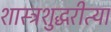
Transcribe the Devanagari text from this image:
शास्त्रशुद्धरीत्या